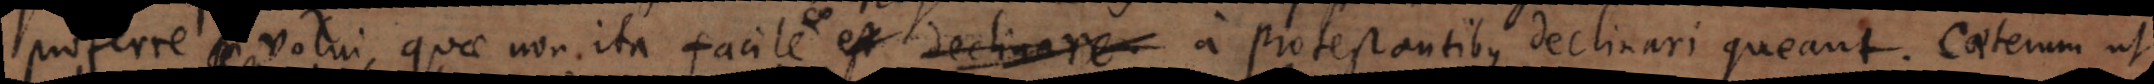
proferre volui, quae non ita facile a Protestantibus declinari queant. Caeterum ut